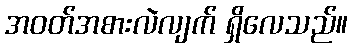
အဝတ်အစားလဲလျက် ရှိလေသည်။